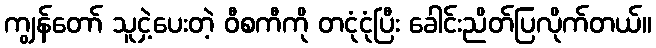
ကျွန်တော် သူငှဲ့ပေးတဲ့ ဝီစကီကို တငုံငုံပြီး ခေါင်းညိတ်ပြလိုက်တယ်။